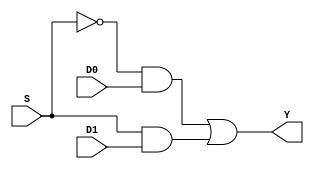
module mux2to1(
  input D0,
  input D1,
  input S,
  output reg Y);
  wire a1,a2; // and gate outputs
  wire inv1; // inverter output
  not not_1(inv1,S);
  and and_1(a1,inv1,D0);
  and and_2(a2,S,D1);
  or org(Y,a1,a2);
endmodule